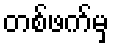
တစ်ဖက်မှ